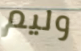
وليم